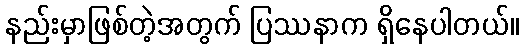
နည်းမှာဖြစ်တဲ့အတွက် ပြဿနာက ရှိနေပါတယ်။